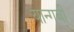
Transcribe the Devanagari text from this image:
यान्गबी